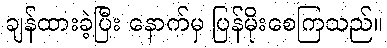
ချန်ထားခဲ့ပြီး နောက်မှ ပြန်မိုးစေကြသည်။